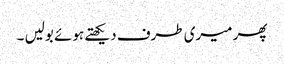
پھر میری طرف دیکھتے ہوئے بولیں ۔